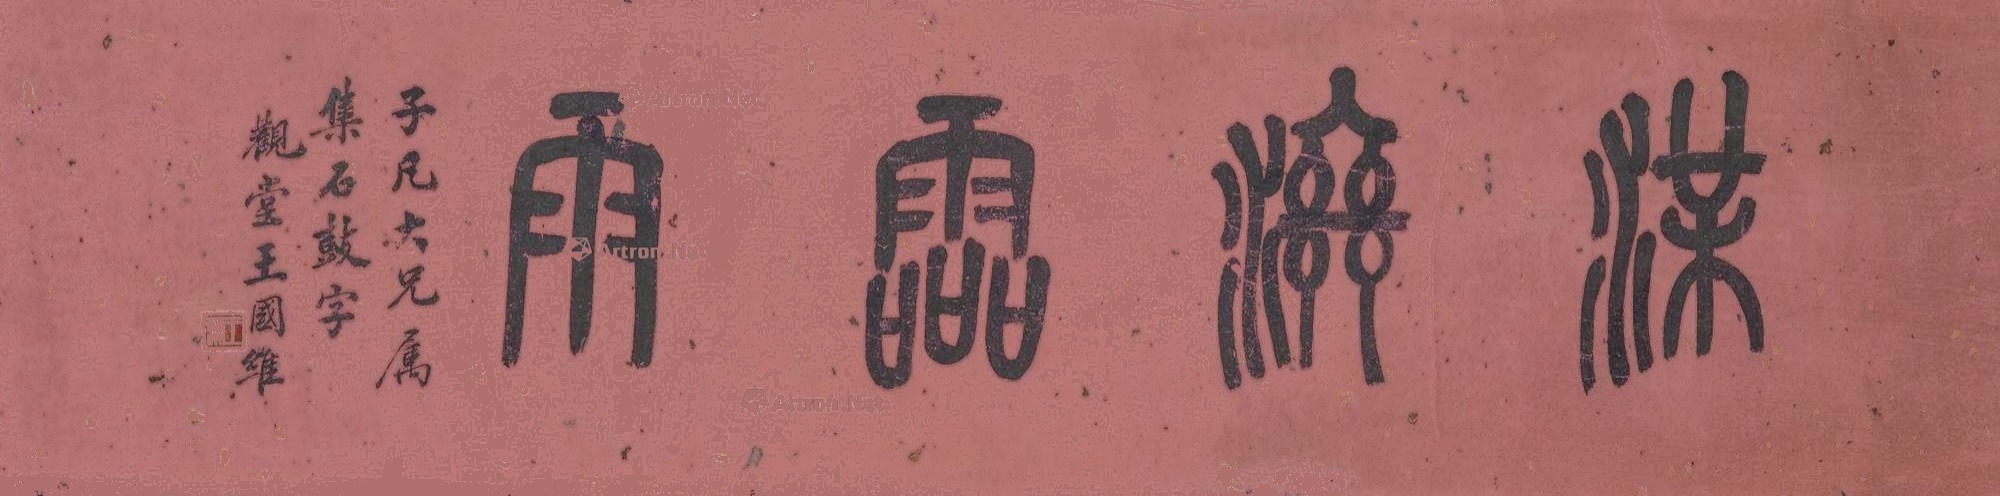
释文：渫滋灵雨。子凡大兄属，集石鼓字，观堂王国维。